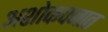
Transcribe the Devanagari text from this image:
अशोकवनात